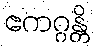
ဧကဂ္ဂန္တိ